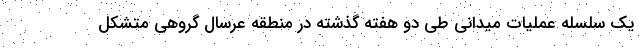
یک سلسله عملیات میدانی طی دو هفته گذشته در منطقه عرسال گروهی متشکل